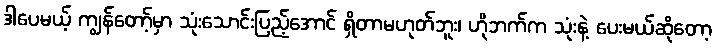
ဒါပေမယ့် ကျွန်တော့်မှာ သုံးသောင်းပြည့်အောင် ရှိတာမဟုတ်ဘူး၊ ဟိုဘက်က သုံးနဲ့ ပေးမယ်ဆိုတော့